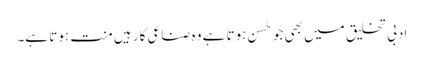
ادبی تخلیق میں بھی جو حُسن ہوتا ہے وہ صناعی کار ہیں منت ہوتا ہے۔